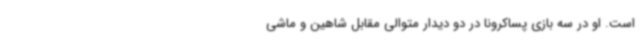
است. او در سه بازی پساکرونا در دو دیدار متوالی مقابل شاهین و ماشی